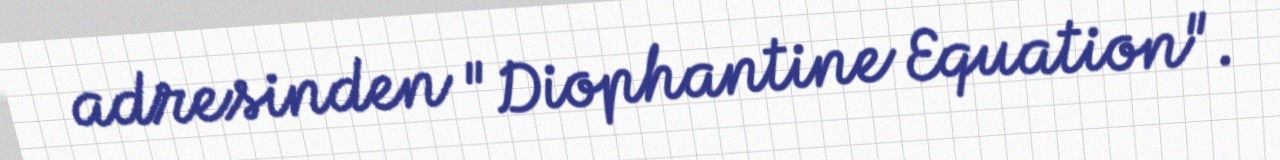
adresinden "Diophantine Equation".